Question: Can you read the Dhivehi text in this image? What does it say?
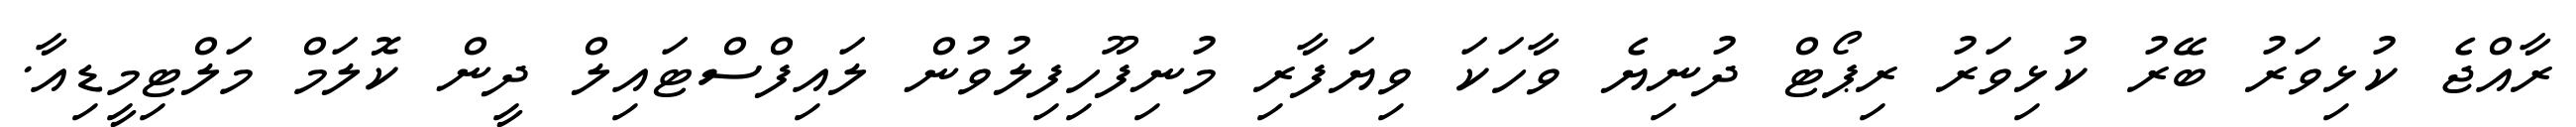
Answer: ރާއްޖެ ކުޅިވަރު ބޭރު ކުޅިވަރު ރިޕޯޓް ދުނިޔެ ވާހަކަ ވިޔަފާރި މުނިފޫހިފިލުވުން ލައިފްސްޓައިލް ދީން ކޮލަމް މަލްޓިމީޑިއާ.